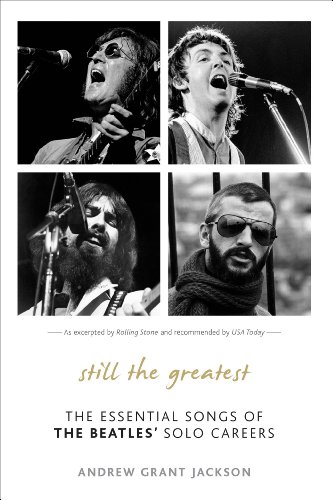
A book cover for Still the Greatest: The Essential Songs of The Beatles' Solo Careers; Andrew Grant Jackson author  1965: The Most Revolutionary Year in Music and Still the Greatest: The Essential Songs of the Beatles' Solo Careers; Humor & Entertainment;